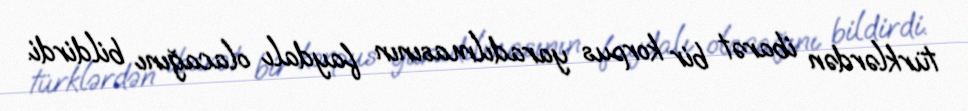
türklərdən ibarət bir korpus yaradılmasının faydalı olacağını bildirdi.